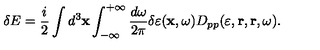
\delta E = \frac { i } { 2 } \int d ^ { 3 } { \bf x } \int _ { - \infty } ^ { + \infty } \frac { d \omega } { 2 \pi } \delta \varepsilon ( { \bf x } , \omega ) D _ { p p } ( \varepsilon , { \bf r } , { \bf r } , \omega ) .